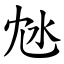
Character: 沊